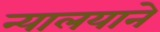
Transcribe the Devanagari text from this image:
न्यालयाने